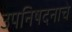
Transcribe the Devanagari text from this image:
उपनिषदनाचे